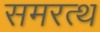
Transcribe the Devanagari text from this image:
समरत्थ